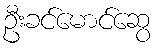
ဦးခင်မောင်ဆွေ